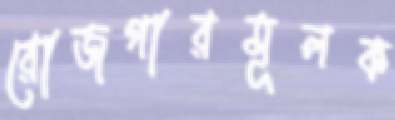
রোজগারমূলক